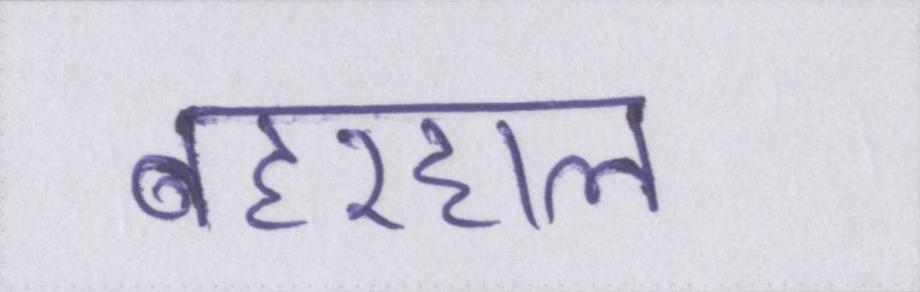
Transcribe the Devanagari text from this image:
बहरहाल